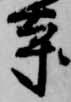
寺